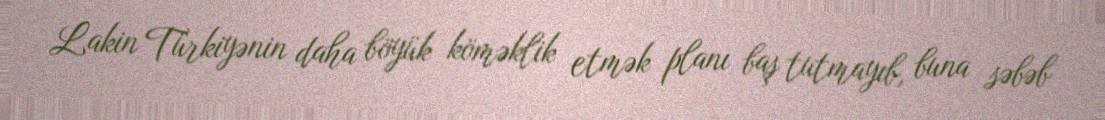
Lakin Türkiyənin daha böyük köməklik etmək planı baş tutmayıb, buna səbəb